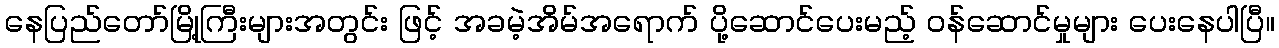
နေပြည်တော်မြို့ကြီးများအတွင်း ဖြင့် အခမဲ့အိမ်အရောက် ပို့ဆောင်ပေးမည့် ဝန်ဆောင်မှုများ ပေးနေပါပြီ။